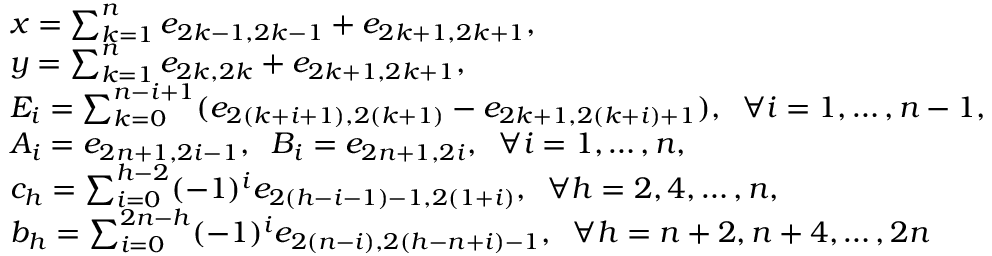
\begin{array} { r l } & { x = \sum _ { k = 1 } ^ { n } e _ { 2 k - 1 , 2 k - 1 } + e _ { 2 k + 1 , 2 k + 1 } , \; \; } \\ & { y = \sum _ { k = 1 } ^ { n } e _ { 2 k , 2 k } + e _ { 2 k + 1 , 2 k + 1 } , } \\ & { E _ { i } = \sum _ { k = 0 } ^ { n - i + 1 } ( e _ { 2 ( k + i + 1 ) , 2 ( k + 1 ) } - e _ { 2 k + 1 , 2 ( k + i ) + 1 } ) , \; \; \forall i = 1 , \ldots , n - 1 , } \\ & { A _ { i } = e _ { 2 n + 1 , 2 i - 1 } , \; \; B _ { i } = e _ { 2 n + 1 , 2 i } , \; \; \forall i = 1 , \ldots , n , } \\ & { c _ { h } = \sum _ { i = 0 } ^ { h - 2 } ( - 1 ) ^ { i } e _ { 2 ( h - i - 1 ) - 1 , 2 ( 1 + i ) } , \; \; \forall h = 2 , 4 , \ldots , n , } \\ & { b _ { h } = \sum _ { i = 0 } ^ { 2 n - h } ( - 1 ) ^ { i } e _ { 2 ( n - i ) , 2 ( h - n + i ) - 1 } , \; \; \forall h = n + 2 , n + 4 , \ldots , 2 n } \end{array}